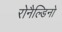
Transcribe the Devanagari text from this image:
रोनैल्डिनो